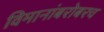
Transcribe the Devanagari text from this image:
विमानांबरोबरच